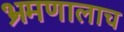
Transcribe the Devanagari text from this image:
भ्रमणालाच